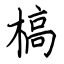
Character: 槁